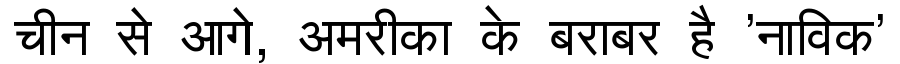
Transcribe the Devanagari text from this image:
चीन से आगे, अमरीका के बराबर है 'नाविक'